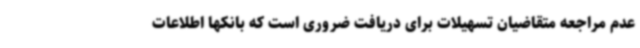
عدم مراجعه متقاضیان تسهیلات برای دریافت ضروری است که بانکها اطلاعات